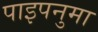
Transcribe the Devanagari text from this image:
पाइपनुमा